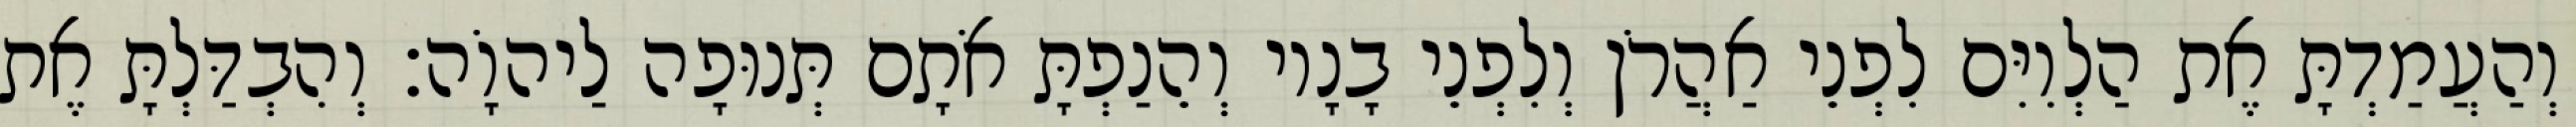
וְהַעֲמַדְתָּ אֶת הַלְוִיִּם לִפְנֵי אַהֲרֹן וְלִפְנֵי בָנָיו וְהֵנַפְתָּ אֹתָם תְּנוּפָה לַיהוָֹה׃ וְהִבְדַּלְתָּ אֶת